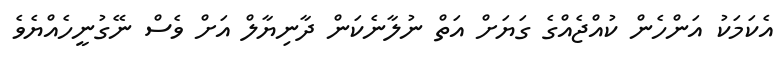
އެކަމަކު އަންހެން ކުއްޖެއްގެ ގަޔަށް އަތް ނުލާނެކަން ދާނިޔާލް އަށް ވެސް ނޭގުނީހެއްޔެވެ